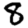
Digit: 8